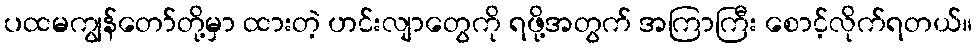
ပထမကျွန်တော်တို့မှာ ထားတဲ့ ဟင်းလျာတွေကို ရဖို့အတွက် အကြာကြီး စောင့်လိုက်ရတယ်။